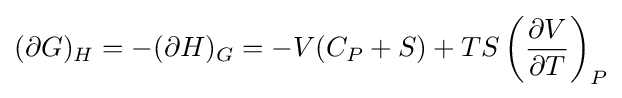
(\partial G)_{H}=-(\partial H)_{G}=-V(C_{P}+S)+TS\left({\frac {\partial V}{\partial T}}\right)_{P}